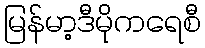
မြန်မာ့ဒီမိုကရေစီ